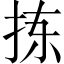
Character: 拣